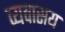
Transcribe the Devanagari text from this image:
व्यवासय